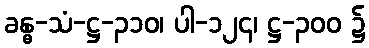
ခန္ဓ-သံ-ဋ္ဌ-၃၁၀၊ ပါ-၁၂၄၊ ဋ္ဌ-၃၀၀ ၌